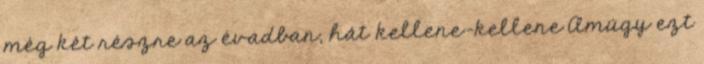
még két részre az évadban, hát kellene-kellene Amúgy ezt